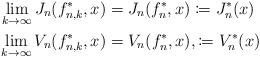
LaTeX: \begin{align*}\lim_{k\rightarrow\infty} J_{n}(f^*_{n,k},x) &= J_n(f_n^*,x) \coloneqq J_n^*(x) \\\lim_{k\rightarrow\infty} V_{n}(f^*_{n,k},x) &= V_n(f_n^*,x), \coloneqq V_n^*(x) \end{align*}